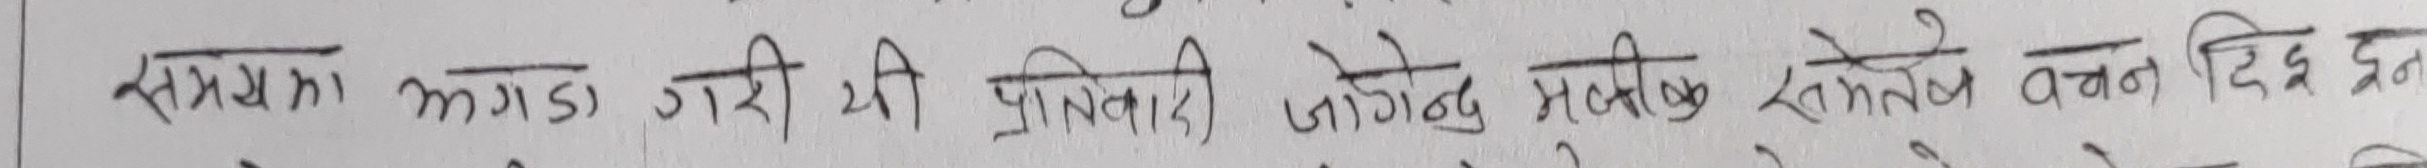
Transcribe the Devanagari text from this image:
समयका झगडा जारी थियो प्रतिकारी जागेको मुस्किलले समेत वचन दिइरहेछन्